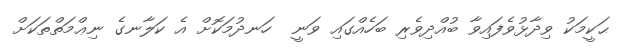
ޙަކީމަކު ވިދާޅުވެފައިވާ ބުއްދިވެރި ބަހެއްގައި ވަނީ  ހަނދުމަކޮށް އެ ކަލާނގެ ނިޢްމަތްތަކަށް